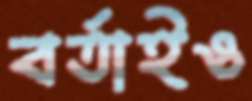
বর্তাইও